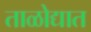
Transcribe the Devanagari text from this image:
ताळोद्यात